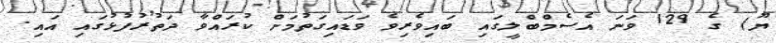
ޔޫ) ގެ 129 ވަނަ އެސެމްބްލީގައި ބައިވެރިވެ ވަޑައިގަތުމަށް ކުރައްވާ ދަތުރުފުޅުގައި އައި.